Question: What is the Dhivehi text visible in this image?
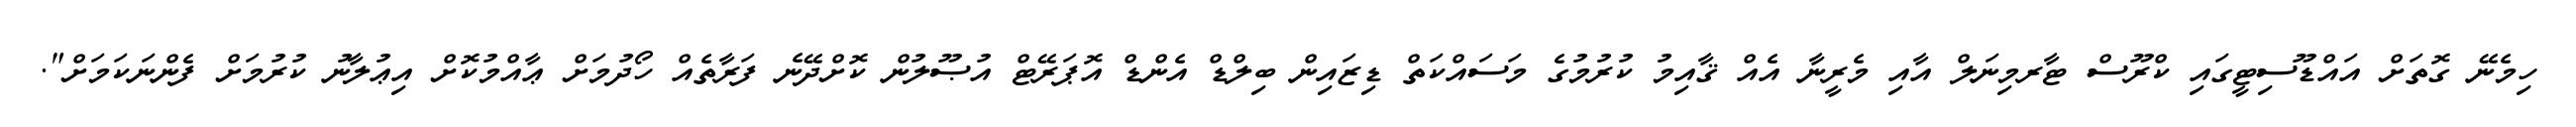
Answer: ހިމެނޭ ގޮތަށް އައްޑޫސިޓީގައި ކްރޫސް ޓާރމިނަލް އާއި މެރީނާ އެއް ޤާއިމު ކުރުމުގެ މަސައްކަތް ޑިޒައިން ބިލްޑް އެންޑް އޮޕަރޭޓް އުޞޫލުން ކޮށްދޭނެ ފަރާތެއް ހޯދުމަށް ޢާއްމުކޮށް އިޢުލާނު ކުރުމަށް ފެންނަކަމަށް".